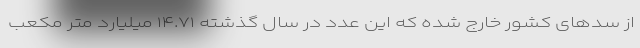
از سدهای کشور خارج شده که این عدد در سال گذشته ۱۴.۷۱ میلیارد متر مکعب